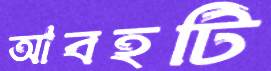
আবহটি